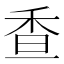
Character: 𩠺